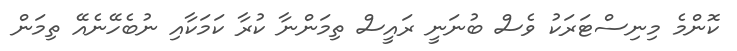
ކޮންމެ މިނިސްޓަރަކު ވެސް ބުނަނީ ރައީސް ތިމަންނާ ކުރާ ކަމަކާއި ނުބެހޭނެއޭ ތިމަން